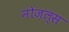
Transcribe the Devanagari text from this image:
नोज़ल्स